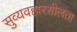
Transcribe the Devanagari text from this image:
सुव्यवहारशीलता